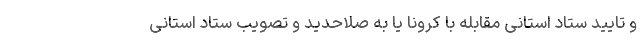
و تایید ستاد استانی مقابله با کرونا یا به صلاحدید و تصویب ستاد استانی